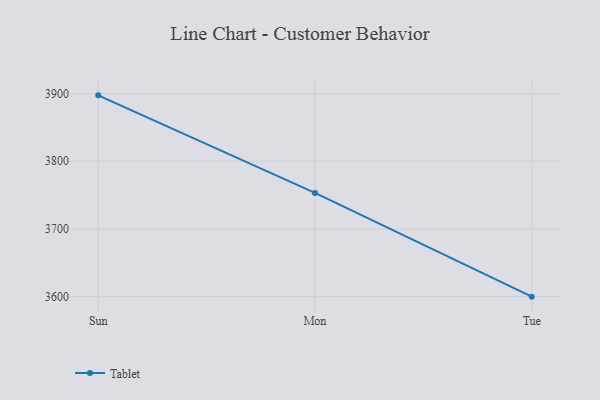
{"axis": {"x": "Day", "y": "Net Income (USD K)"}, "legend": ["Tablet"], "data": [{"x": "Sun", "y": 3897.4, "type": "Tablet"}, {"x": "Mon", "y": 3753.3, "type": "Tablet"}, {"x": "Tue", "y": 3600.0, "type": "Tablet"}]}